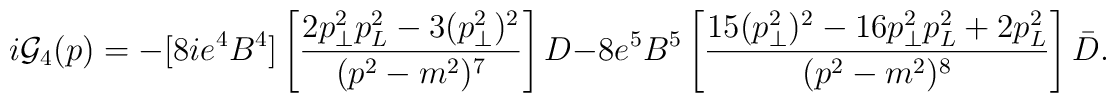
i{\cal G}_4(p)=-[8ie^4B^4] \left [ { 2 p_{\bot}^2 p_L^2 -3 (p_{\bot}^2)^2 \over (p^2-m^2)^7}\right] D -8 e^5B^5 \left[ {15 ( p_{\bot}^2 )^2 -16 p_\bot^2 p_L^2 +2 p_L^2  \over (p^2-m^2)^8} \right] \bar D.